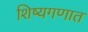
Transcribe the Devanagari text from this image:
शिष्यगणात